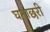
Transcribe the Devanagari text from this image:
घनाछरी